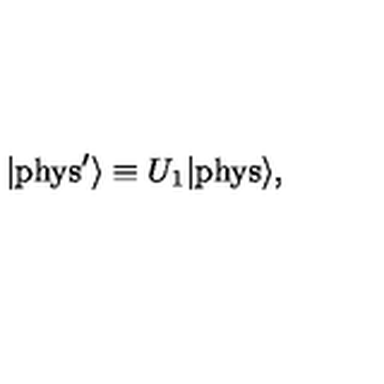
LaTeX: | \mathrm { { p h y s } } ^ { \prime } \rangle \equiv U _ { 1 } | { \mathrm { p h y s } } \rangle ,